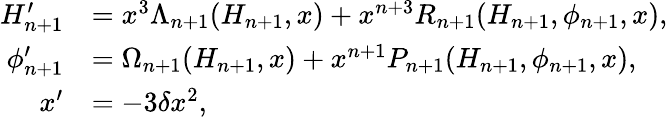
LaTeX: \begin{array}{rl}{{H}_{n+1}^{\prime}}&{=x^{3}\Lambda_{n+1}(H_{n+1},x)+x^{n+3}R_{n+1}(H_{n+1},\phi_{n+1},x),}\\ {\phi_{n+1}^{\prime}}&{=\Omega_{n+1}(H_{n+1},x)+x^{n+1}P_{n+1}(H_{n+1},\phi_{n+1},x),}\\ {x^{\prime}}&{=-3\delta x^{2},}\end{array}